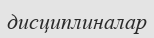
дисциплиналар